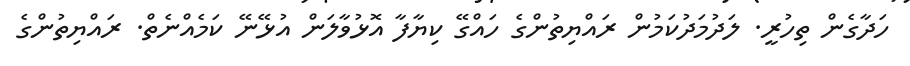
ހަދާގެން ތިހުރީ. ލަދުމަދުކަމުން ރައްޔިތުންގެ ހައްގޭ ކިޔާފާ އޮޅުވާލަން އުޅޭނޭ ކަމެއްނެތް. ރައްޔިތުންގެ